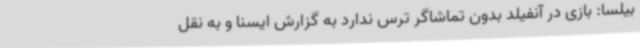
بیلسا: بازی در آنفیلد بدون تماشاگر ترس ندارد به گزارش ایسنا و به نقل